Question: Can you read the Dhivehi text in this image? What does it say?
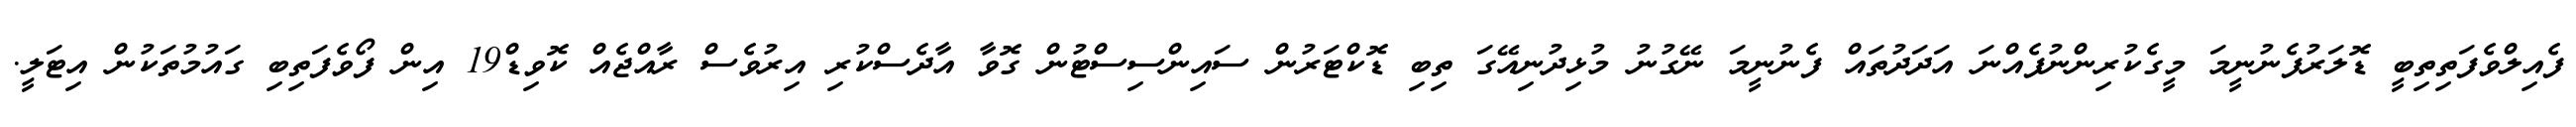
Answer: ފެއިލްވެފަތިތިބީ ޑޮލަރުފެނުނީމަ މީގެކުރިންނުފެއްނަ އަދަދުތައް ފެނުނީމަ ނޭގުނު މުޅިދުނިއޭގަ ތިބި ޑޮކްޓަރުން ސައިންސިސްޓުން ގޮވާ އާދެސްކުރި އިރުވެސް ރާއްޖެއް ކޮވިޑް19 އިން ފޯވެފަތިބި ގައުމުތަކުން އިޓަލީ.